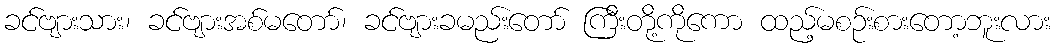
ခင်ဗျားသား၊ ခင်ဗျားအစ်မတော်၊ ခင်ဗျားခမည်းတော် ကြီးတို့ကိုကော ထည့်မစဉ်းစားတော့ဘူးလား